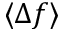
\langle \Delta f \rangle